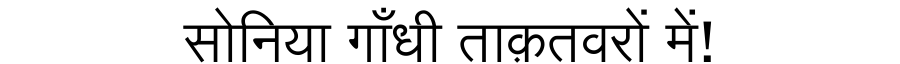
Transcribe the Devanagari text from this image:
सोनिया गाँधी ताक़तवरों में!